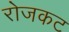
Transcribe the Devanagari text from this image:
रोजकट